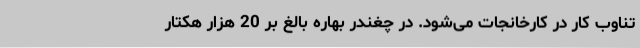
تناوب کار در کارخانجات می‌شود. در چغندر بهاره بالغ بر 20 هزار هکتار